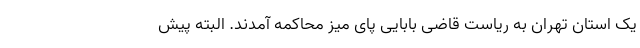
یک استان تهران به ریاست قاضی بابایی پای میز محاکمه آمدند. البته پیش